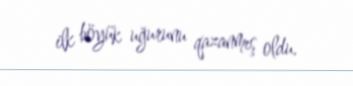
ilk böyük uğurunu qazanmış oldu.